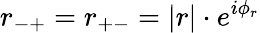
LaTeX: r_{-+}=r_{+-}=|r|\cdot e^{i\phi_{r}}